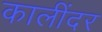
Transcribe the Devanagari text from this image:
कालींदर